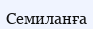
Семиланға